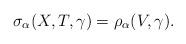
LaTeX: \begin{align*}\sigma_\alpha(X,T,\gamma) = \rho_\alpha(V,\gamma).\end{align*}